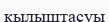
қылыштасуы